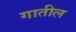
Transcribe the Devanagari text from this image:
गातील